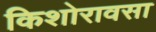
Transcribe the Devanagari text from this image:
किशोरावसा